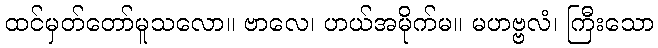
ထင်မှတ်တော်မူသလော။ ဗာလေ၊ ဟယ်အမိုက်မ။ မဟဗ္ဗလံ၊ ကြီးသော